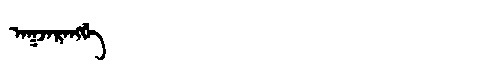
Manchu: ᠠᡴᠵᠠᡵᠠᠩᡤᡝ
Romanization: AKJARANGGE